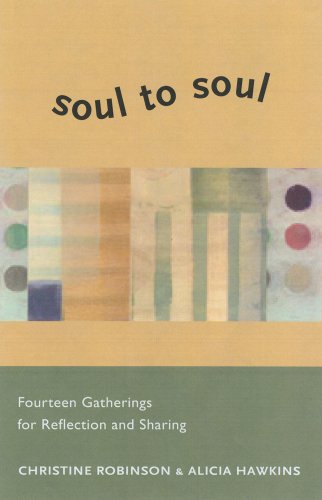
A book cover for Soul to Soul: Fourteen Gatherings for Reflection and Sharing; Christine Robinson; Religion & Spirituality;